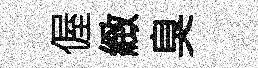
偓緻臭